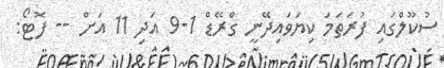
ސުކޫލްގައި ފުރަތަމަ ކިޔަވައިދޭނީ ގްރޭޑް 1-9 އަދި 11 އަށް -- ފޮޓޯ: